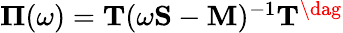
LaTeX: \begin{array}{r}{\mathbf{\Pi}(\omega)=\mathbf{T}(\omega\mathbf{S}-\mathbf{M})^{-1}\mathbf{T}^{\dag}}\end{array}